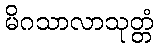
မိဂသာလာသုတ္တံ